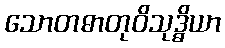
သောတဓာတုဝိသုဒ္ဓိယာ